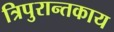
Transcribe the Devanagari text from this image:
त्रिपुरान्तकाय